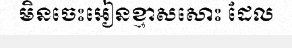
មិនចេះអៀនខ្មាសសោះ ដែល